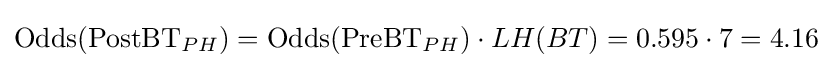
\operatorname {Odds} ({\text{PostBT}}_{PH})=\operatorname {Odds} ({\text{PreBT}}_{PH})\cdot LH(BT)=0.595\cdot 7=4.16